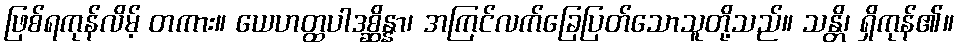
ဖြစ်ရကုန်လိမ့် တကား။ ယေဟတ္ထပါဒစ္ဆိန္နာ၊ အကြင်လက်ခြေပြတ်သောသူတို့သည်။ သန္တိ၊ ရှိကုန်၏။